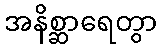
အနိစ္ဆာရေတွာ